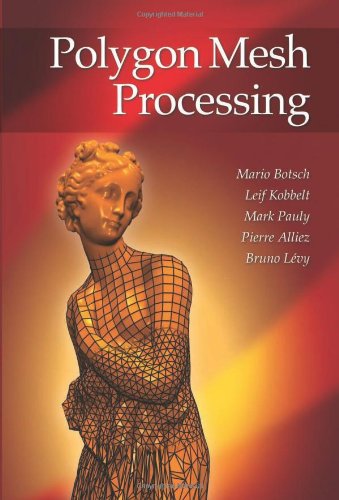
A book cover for Polygon Mesh Processing; Mario Botsch; Computers & Technology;